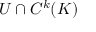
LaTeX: U \cap C ^ { k } ( K )